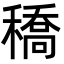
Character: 穚